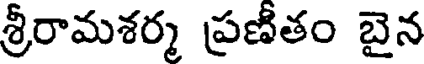
శ్రీరామశర్మ ప్రణితం బైన